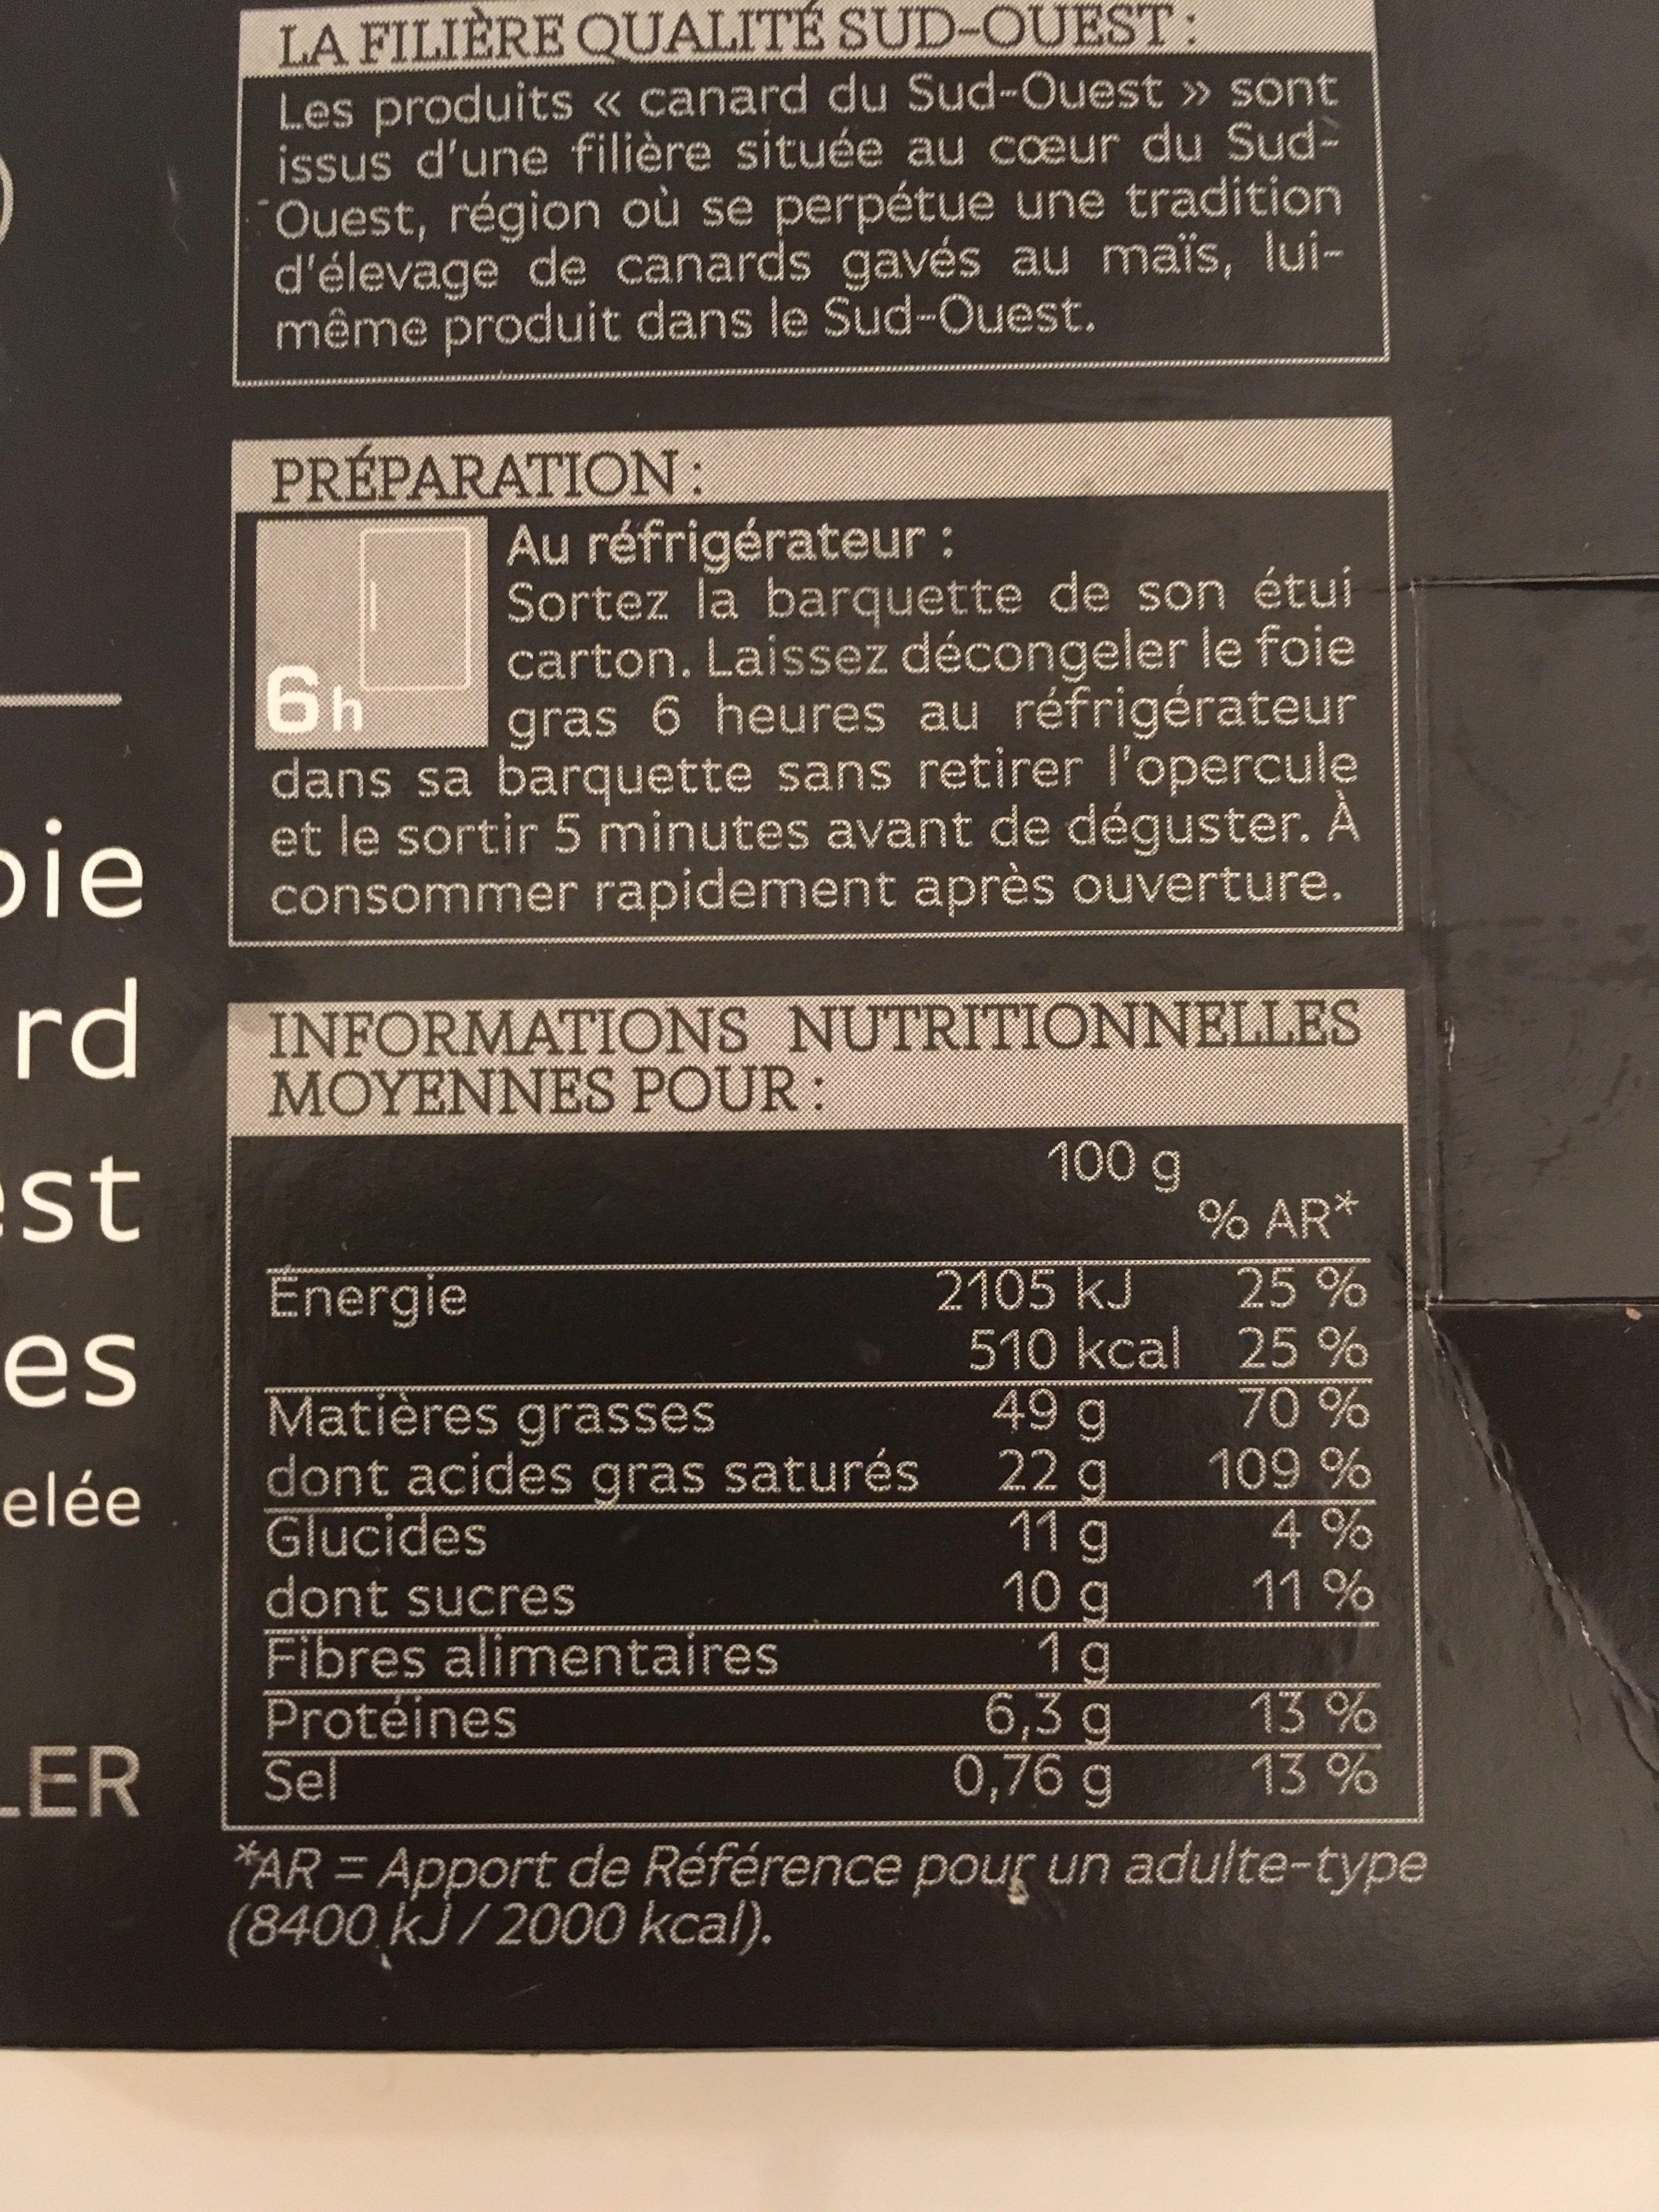
bie
rd
st
es
elée
LER
LA FILIÈRE QUALITÉ SUD-OUEST:
Les produits « canard du Sud-Ouest » sont issus d'une filière située au cœur du SudOuest, région où se perpétue une tradition d'élevage de canards gavés au maïs, luimême produit dans le Sud-Ouest.
PRÉPARATION:
Au réfrigérateur :
6h
Sortez la barquette de son étui carton. Laissez décongeler le foie gras 6 heures au réfrigérateur dans sa barquette sans retirer l'opercule et le sortir 5 minutes avant de déguster. À consommer rapidement après ouverture.
INFORMATIONS NUTRITIONNELLES MOYENNES POUR:
Energie
Matières grasses dont acides gras saturés Glucides
dont sucres
Fibres alimentaires
Protéines
100 g
2105 KJ
510 kcal
49 g
22 g
11 g
10 g
1 g
6,3 g
0,76 g
% AR*
25%
25%
70%
109 %
4%
11%
13 %
13 %
Sel
*AR = Apport de Référence pour un adulte-type (8400 kJ/2000 kcal).